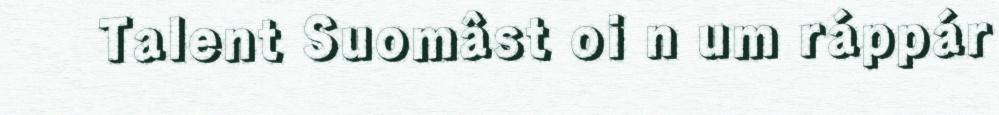
Talent Suomâst oi n um ráppár